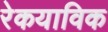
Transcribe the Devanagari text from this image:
रेकयाविक